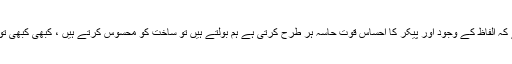
یہاں اتنا اضافہ ضروری ہے کہ الفاظ کے وجود اور پیکر کا احساس قوت حاسہ ہر طرح کرتی ہے ہم بولتے ہیں تو ساخت کو محسوس کرتے ہیں ، کبھی کبھی تو اس کا ذائقہ چکھنا پڑتا ہے۔